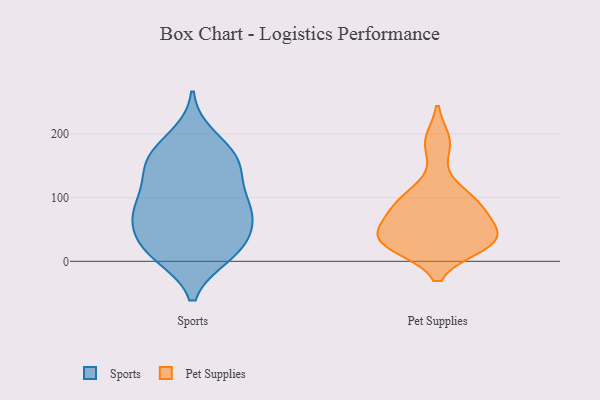
{"axis": {"x": "Waste Production (Tons)", "y": "Value"}, "legend": ["Pet Supplies", "Sports"], "data": [{"x": "", "y": 12, "type": "Sports"}, {"x": "", "y": 10, "type": "Sports"}, {"x": "", "y": 195, "type": "Sports"}, {"x": "", "y": 162, "type": "Sports"}, {"x": "", "y": 81, "type": "Sports"}, {"x": "", "y": 129, "type": "Sports"}, {"x": "", "y": 17, "type": "Sports"}, {"x": "", "y": 23, "type": "Sports"}, {"x": "", "y": 119, "type": "Sports"}, {"x": "", "y": 78, "type": "Sports"}, {"x": "", "y": 95, "type": "Sports"}, {"x": "", "y": 71, "type": "Sports"}, {"x": "", "y": 163, "type": "Sports"}, {"x": "", "y": 158, "type": "Sports"}, {"x": "", "y": 66, "type": "Sports"}, {"x": "", "y": 161, "type": "Sports"}, {"x": "", "y": 65, "type": "Sports"}, {"x": "", "y": 30, "type": "Sports"}, {"x": "", "y": 59, "type": "Pet Supplies"}, {"x": "", "y": 78, "type": "Pet Supplies"}, {"x": "", "y": 33, "type": "Pet Supplies"}, {"x": "", "y": 40, "type": "Pet Supplies"}, {"x": "", "y": 29, "type": "Pet Supplies"}, {"x": "", "y": 93, "type": "Pet Supplies"}, {"x": "", "y": 188, "type": "Pet Supplies"}, {"x": "", "y": 85, "type": "Pet Supplies"}, {"x": "", "y": 184, "type": "Pet Supplies"}, {"x": "", "y": 31, "type": "Pet Supplies"}, {"x": "", "y": 27, "type": "Pet Supplies"}, {"x": "", "y": 110, "type": "Pet Supplies"}, {"x": "", "y": 102, "type": "Pet Supplies"}, {"x": "", "y": 25, "type": "Pet Supplies"}, {"x": "", "y": 33, "type": "Pet Supplies"}, {"x": "", "y": 39, "type": "Pet Supplies"}, {"x": "", "y": 76, "type": "Pet Supplies"}]}